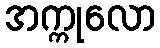
အက္ကုလော